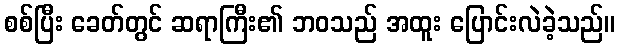
စစ်ပြီး ခေတ်တွင် ဆရာကြီး၏ ဘဝသည် အထူး ပြောင်းလဲခဲ့သည်။